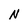
Character: N